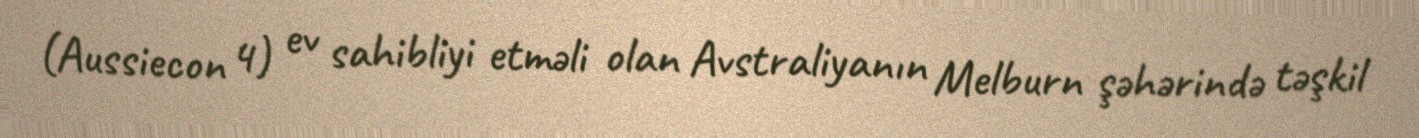
(Aussiecon 4) ev sahibliyi etməli olan Avstraliyanın Melburn şəhərində təşkil